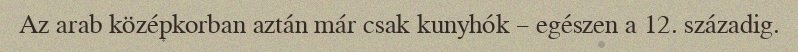
Az arab középkorban aztán már csak kunyhók – egészen a 12. századig.